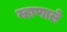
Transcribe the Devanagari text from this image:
म्हाणाले